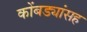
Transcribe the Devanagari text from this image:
कोंबड्यांसह